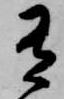
有